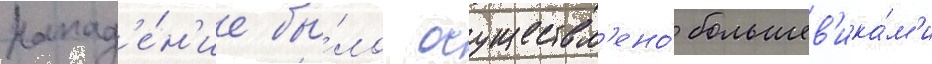
Напад'е́н'ие бы́ло осуществл'ено́ большев'ика́м'и